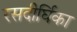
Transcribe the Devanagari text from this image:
रसदीर्घिका